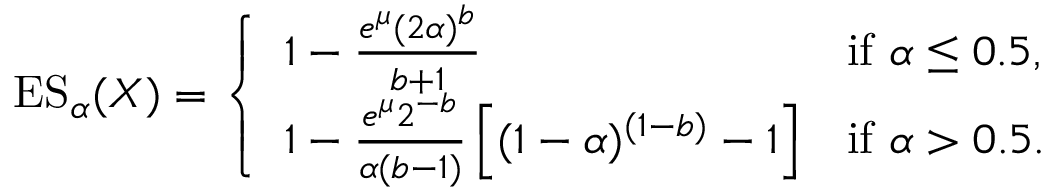
\operatorname { E S } _ { \alpha } ( X ) = { \left\{ \begin{array} { l l } { 1 - { \frac { e ^ { \mu } ( 2 \alpha ) ^ { b } } { b + 1 } } } & { { \mathrm { i f ~ } } \alpha \leq 0 . 5 , } \\ { 1 - { \frac { e ^ { \mu } 2 ^ { - b } } { \alpha ( b - 1 ) } } \left[ ( 1 - \alpha ) ^ { ( 1 - b ) } - 1 \right] } & { { \mathrm { i f ~ } } \alpha > 0 . 5 . } \end{array} \right. }